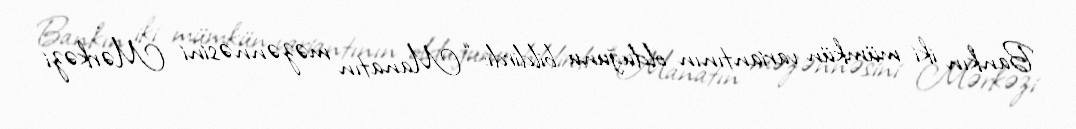
Bankın iki mümkün variantının olduğunu bildirdi: “Manatın məzənnəsini Mərkəzi